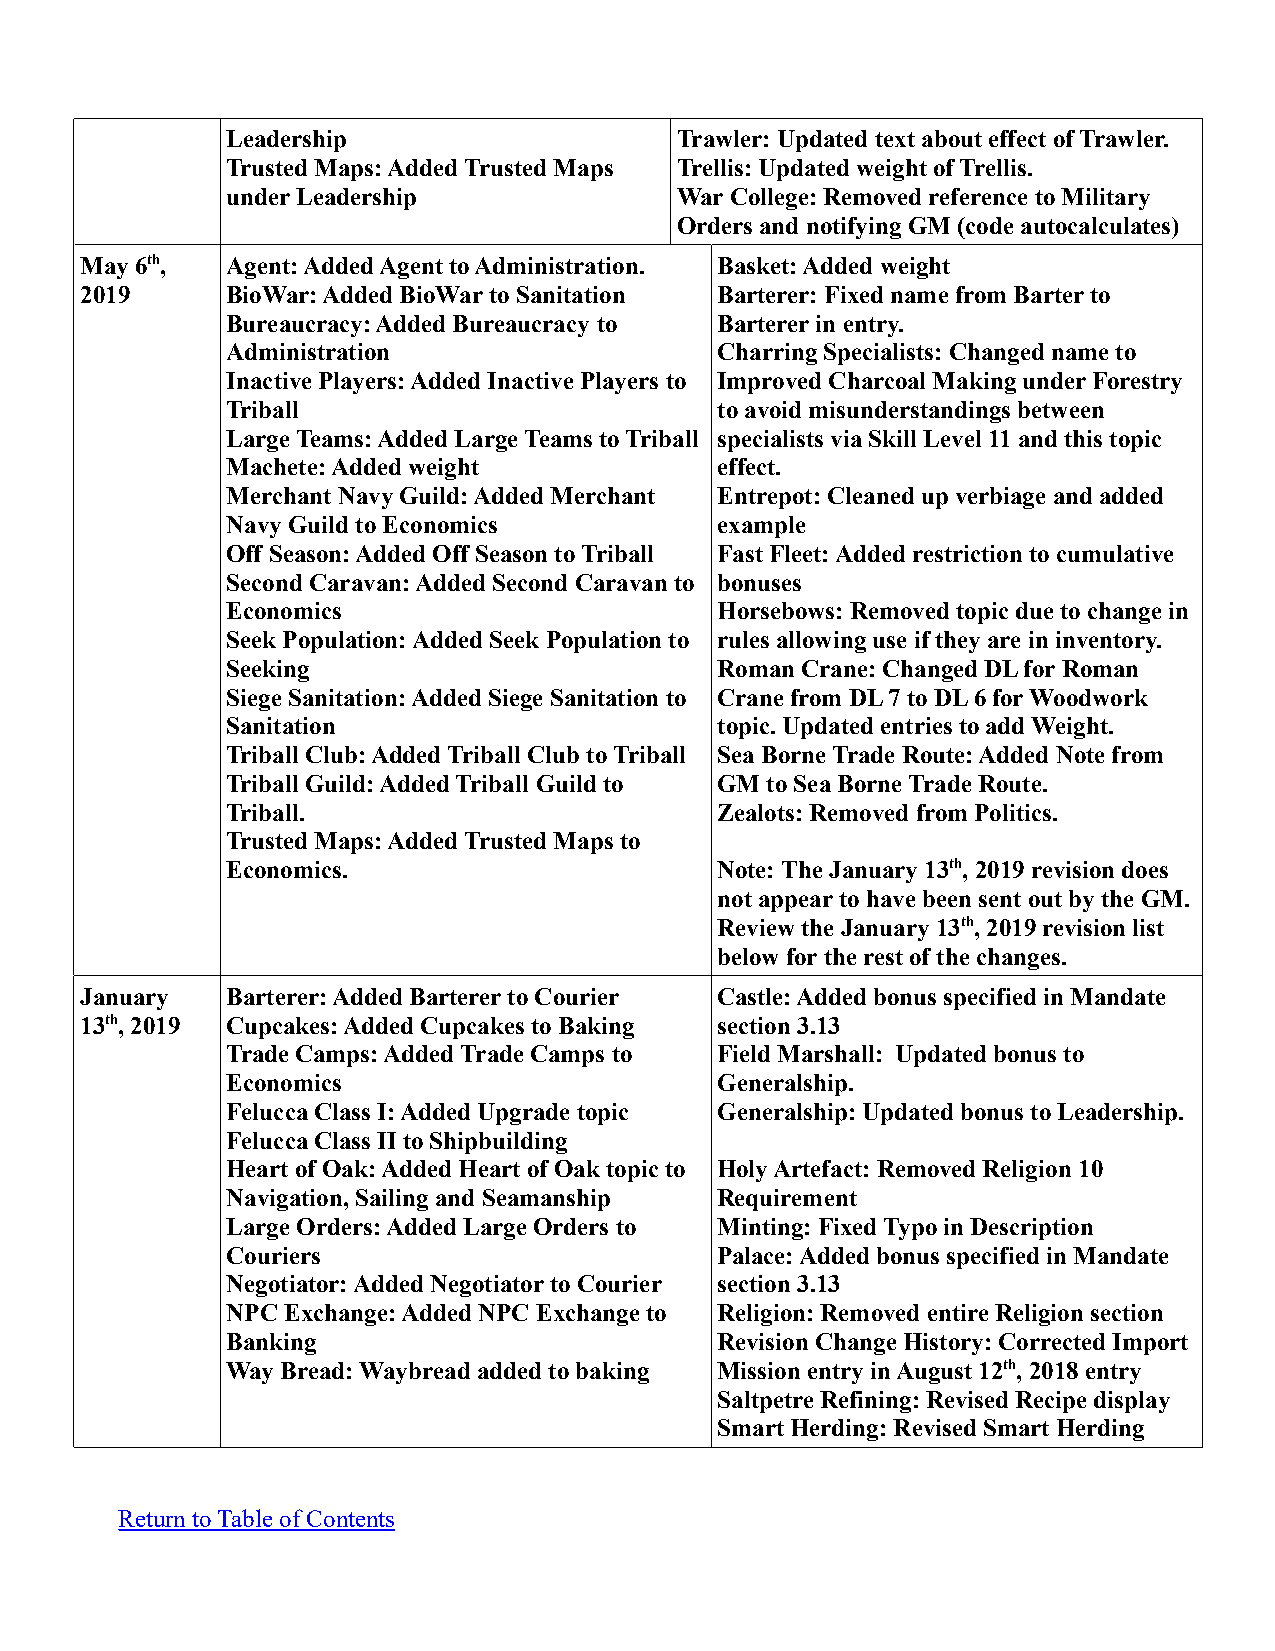
Leadership                    Trawler: Updated text about effect of Trawler.
 Trusted Maps: Added Trusted Maps Trellis: Updated weight of Trellis.
 under Leadership              War College: Removed reference to Military
 Orders and notifying GM (code autocalculates)
 May 6th,  Agent: Added Agent to Administration. Basket: Added weight
 2019      BioWar: Added BioWar to Sanitation Barterer: Fixed name from Barter to
 Bureaucracy: Added Bureaucracy to Barterer in entry.
 Administration                  Charring Specialists: Changed name to
 Inactive Players: Added Inactive Players to Improved Charcoal Making under Forestry
 Triball                         to avoid misunderstandings between
 Large Teams: Added Large Teams to Triball specialists via Skill Level 11 and this topic
 Machete: Added weight           effect.
 Merchant Navy Guild: Added Merchant Entrepot: Cleaned up verbiage and added
 Navy Guild to Economics         example
 Off Season: Added Off Season to Triball Fast Fleet: Added restriction to cumulative
 Second Caravan: Added Second Caravan to bonuses
 Economics                       Horsebows: Removed topic due to change in
 Seek Population: Added Seek Population to rules allowing use if they are in inventory.
 Seeking                         Roman Crane: Changed DL for Roman
 Siege Sanitation: Added Siege Sanitation to Crane from DL 7 to DL 6 for Woodwork
 Sanitation                      topic. Updated entries to add Weight.
 Triball Club: Added Triball Club to Triball Sea Borne Trade Route: Added Note from
 Triball Guild: Added Triball Guild to GM to Sea Borne Trade Route.
 Triball.                        Zealots: Removed from Politics.
 Trusted Maps: Added Trusted Maps to
 Economics.                      Note: The January 13th, 2019 revision does
 not appear to have been sent out by the GM.
 Review the January 13th, 2019 revision list
 below for the rest of the changes.
 January   Barterer: Added Barterer to Courier Castle: Added bonus specified in Mandate
 13th, 2019 Cupcakes: Added Cupcakes to Baking section 3.13
 Trade Camps: Added Trade Camps to Field Marshall: Updated bonus to
 Economics                       Generalship.
 Felucca Class I: Added Upgrade topic Generalship: Updated bonus to Leadership.
 Felucca Class II to Shipbuilding
 Heart of Oak: Added Heart of Oak topic to Holy Artefact: Removed Religion 10
 Navigation, Sailing and Seamanship Requirement
 Large Orders: Added Large Orders to Minting: Fixed Typo in Description
 Couriers                        Palace: Added bonus specified in Mandate
 Negotiator: Added Negotiator to Courier section 3.13
 NPC Exchange: Added NPC Exchange to Religion: Removed entire Religion section
 Banking                         Revision Change History: Corrected Import
 Way Bread: Waybread added to baking Mission entry in August 12th, 2018 entry
 Saltpetre Refining: Revised Recipe display
 Smart Herding: Revised Smart Herding
 Return to Table of Contents